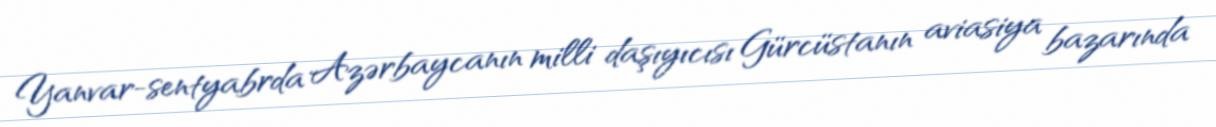
Yanvar-sentyabrda Azərbaycanın milli daşıyıcısı Gürcüstanın aviasiya bazarında